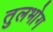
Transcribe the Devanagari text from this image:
तुलभोग